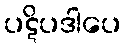
ပဋိပဒါပေ